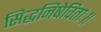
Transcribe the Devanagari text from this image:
सिद्धनिषेविताः॥